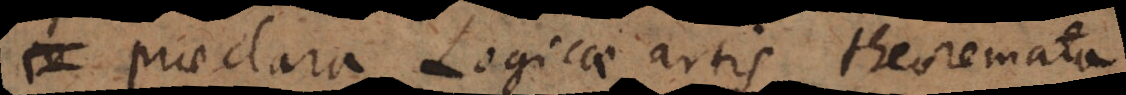
praeclara Logicae artis theoremata